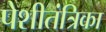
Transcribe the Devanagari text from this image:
पेशीतंत्रिका